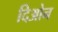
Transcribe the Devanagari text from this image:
दिओन